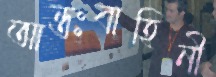
আন্তঃবাহিনী